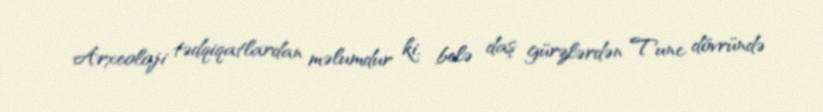
Arxeoloji tədqiqatlardan məlumdur ki, belə daş gürzlərdən Tunc dövründə